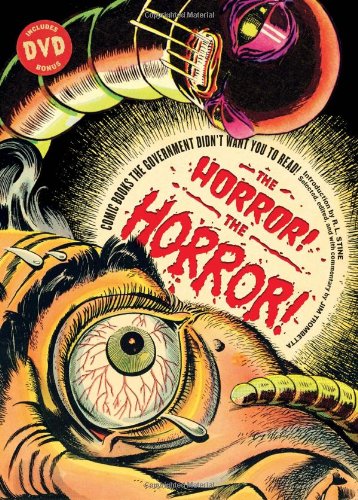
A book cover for The Horror! The Horror!: Comic Books the Government Didn't Want You To Read (with DVD); Jim Trombetta; Comics & Graphic Novels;